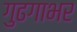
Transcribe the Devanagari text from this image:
गुढगाभर